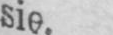
sie.